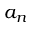
a _ { n }